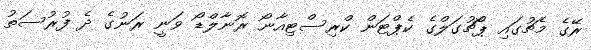
ރޭގެ މެޗުގައި ޕޯޗުގަލްގެ ކެޕްޓަން ކްރިސްޓިއާނޯ ރޮނާލްޑޯ ވަނީ ރަނުގެ ދެ ފުރުސަތު